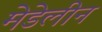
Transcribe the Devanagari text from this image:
मेडेलीन